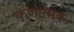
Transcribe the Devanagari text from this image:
कणात्मक